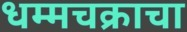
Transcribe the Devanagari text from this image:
धम्मचक्राचा